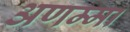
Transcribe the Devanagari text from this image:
अणम्मा